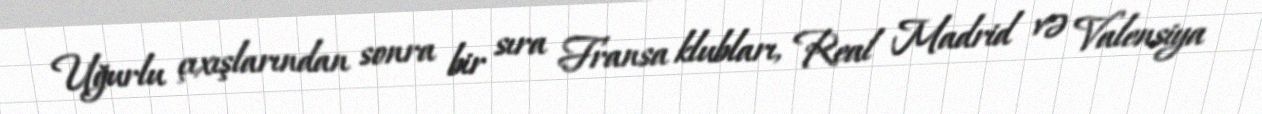
Uğurlu çıxışlarından sonra bir sıra Fransa klubları, Real Madrid və Valensiya